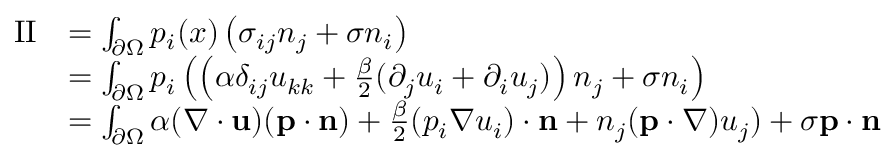
\begin{array} { r l } { \mathrm { I I } } & { = \int _ { \partial \Omega } p _ { i } ( x ) \left( \sigma _ { i j } n _ { j } + \sigma n _ { i } \right) } \\ & { = \int _ { \partial \Omega } p _ { i } \left( \left( \alpha \delta _ { i j } u _ { k k } + \frac { \beta } { 2 } ( \partial _ { j } u _ { i } + \partial _ { i } u _ { j } ) \right) n _ { j } + \sigma n _ { i } \right) } \\ & { = \int _ { \partial \Omega } \alpha ( \nabla \cdot \mathbf { u } ) ( \mathbf { p } \cdot \mathbf { n } ) + \frac { \beta } { 2 } ( p _ { i } \nabla u _ { i } ) \cdot \mathbf { n } + n _ { j } ( \mathbf { p } \cdot \nabla ) u _ { j } ) + \sigma \mathbf { p } \cdot \mathbf { n } } \end{array}